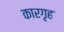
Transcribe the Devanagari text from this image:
कारगृह